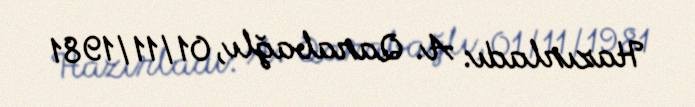
Hazırladı: A. Qarabağlı, 01/11/1981